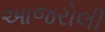
આજરોલી